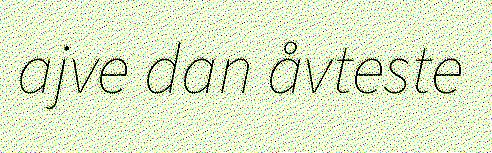
ajve dan åvteste